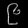
Digit: ၉